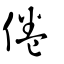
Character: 倦